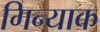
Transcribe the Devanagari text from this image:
गिन्याक